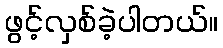
ဖွင့်လှစ်ခဲ့ပါတယ်။